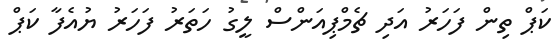
ކަޕް ތިން ފަހަރު އަދި ޗެމްޕިއަންސް ލީގު ހަތަރު ފަހަރު ޔުއެފާ ކަޕް